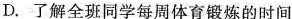
D.了解全班同学每周体育锻炼的时间